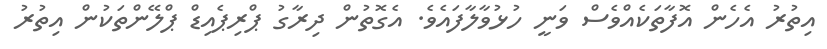
އިތުރު އެހެން އޮފާތަކެއްވެސް ވަނީ ހުޅުވާލާފައެވެ. އެގޮތުން ދިރާގު ޕްރިޕެއިޑް ޕްލޭންތަކުން އިތުރު